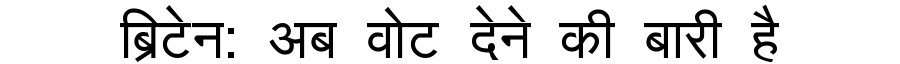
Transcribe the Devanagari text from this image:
ब्रिटेन: अब वोट देने की बारी है